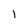
Character: 1